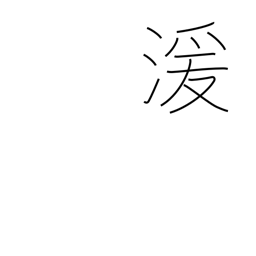
Meaning: flowing water